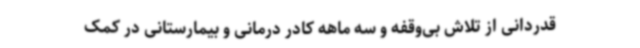
قدردانی از تلاش بی‌وقفه و سه ماهه کادر درمانی و بیمارستانی در کمک